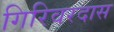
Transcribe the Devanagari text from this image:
गिरिवरदास